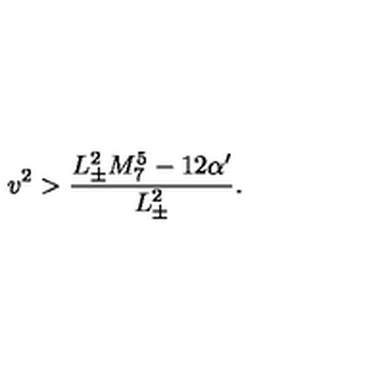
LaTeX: v ^ { 2 } > \frac { L _ { \pm } ^ { 2 } M _ { 7 } ^ { 5 } - 1 2 \alpha ^ { \prime } } { L _ { \pm } ^ { 2 } } .